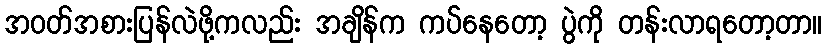
အဝတ်အစားပြန်လဲဖို့ကလည်း အချိန်က ကပ်နေတော့ ပွဲကို တန်းလာရတော့တာ။